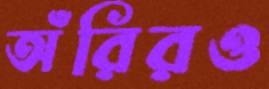
অঁরিরও